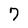
Character: 7